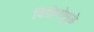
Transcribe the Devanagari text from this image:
विक्रियेमुळे